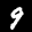
Label: 9